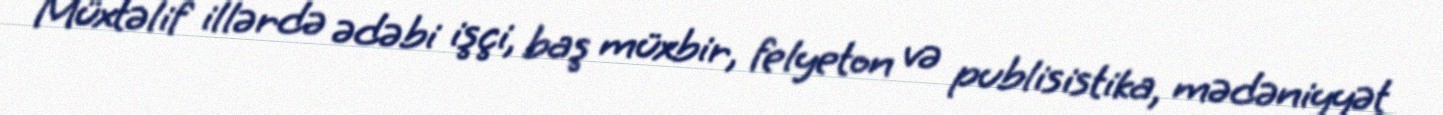
Müxtəlif illərdə ədəbi işçi, baş müxbir, felyeton və publisistika, mədəniyyət